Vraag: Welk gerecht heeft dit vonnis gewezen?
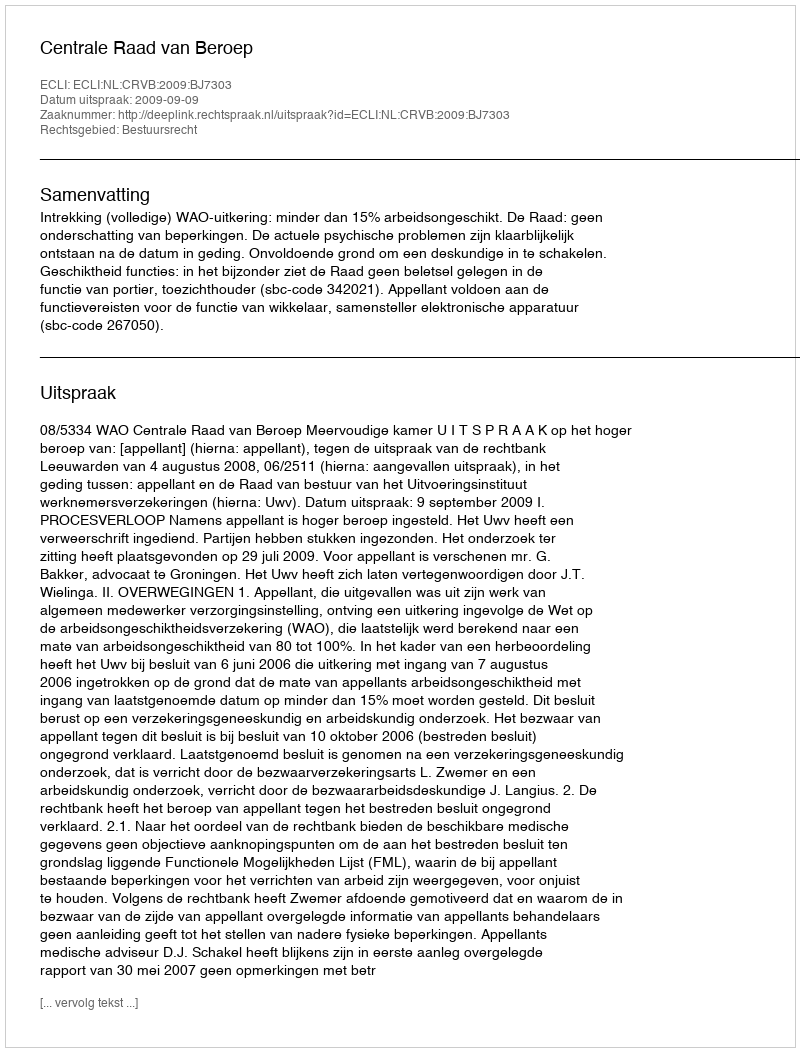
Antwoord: Centrale Raad van Beroep